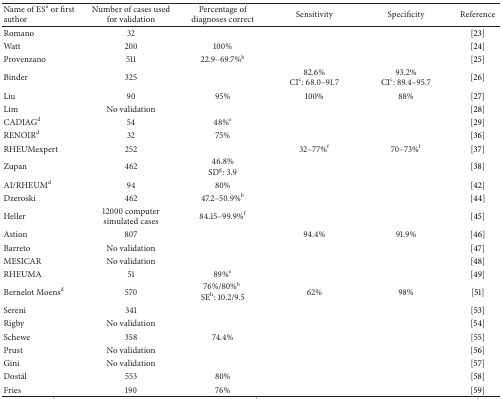
| Name of ESa or first author | Number of cases used for validation | Percentage of diagnoses correct | Sensitivity | Specificity | Reference |
 | --- | --- | --- | --- | --- | --- |
 | Romano | 32 |  |  |  | [23] |
 | Watt | 200 | 100% |  |  | [24] |
 | Provenzano | 511 | 22.9–69.7%b |  |  | [25] |
 | Binder | 325 |  | 82.6%CIc: 68.0–91.7 | 93.2%CIc: 89.4–95.7 | [26] |
 | Liu | 90 | 95% | 100% | 88% | [27] |
 | Lim | No validation |  |  |  | [28] |
 | CADIAGd | 54 | 48%e |  |  | [29] |
 | RENOIRd | 32 | 75% |  |  | [36] |
 | RHEUMexpert | 252 |  | 32–77%f | 70–73%f | [37] |
 | Zupan | 462 | 46.8% SDg: 3.9 |  |  | [38] |
 | AI/RHEUMd | 94 | 80% |  |  | [42] |
 | Dzeroski | 462 | 47.2–50.9%b |  |  | [44] |
 | Heller | 12000 computer simulated cases | 84.15–99.9%f |  |  | [45] |
 | Astion | 807 |  | 94.4% | 91.9% | [46] |
 | Barreto | No validation |  |  |  | [47] |
 | MESICAR | No validation |  |  |  | [48] |
 | RHEUMA | 51 | 89%e |  |  | [49] |
 | Bernelot Moensd | 570 | 76%/80%bSEh: 10.2/9.5 | 62% | 98% | [51] |
 | Sereni | 341 |  |  |  | [53] |
 | Rigby | No validation |  |  |  | [54] |
 | Schewe | 358 | 74.4% |  |  | [55] |
 | Prust | No validation |  |  |  | [56] |
 | Gini | No validation |  |  |  | [57] |
 | Dostál | 553 | 80% |  |  | [58] |
 | Fries | 190 | 76% |  |  | [59] |